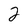
Character: 2